Report of the Municipal Commissioner on the plague in Bombay for the year ending 31st May... - Volume 1
Disease focus: Plague
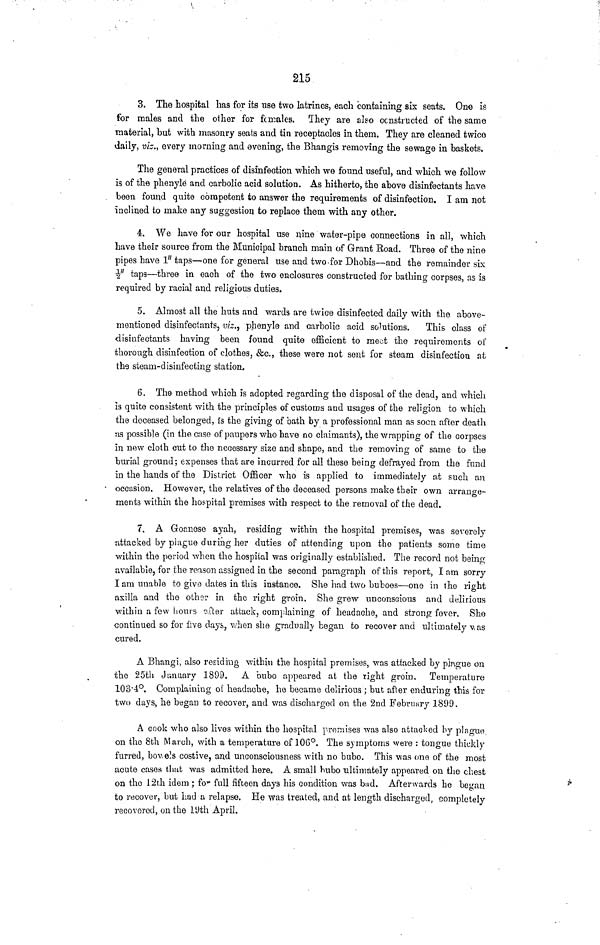
215
3. The hospital has for its use two latrincs, each containing six seats. One is
for males and the other for females. They are also constructed of the same
material, but with masonry seats and tin receptacles in them. They are cleaned twice
daily, viz., every morning and evening, the Bhangis removing the sewage in baskets.
The general practices of disinfection which we found useful, and which we follow
is of the phenyle and carbolic acid solution. As hitherto, the above disinfectants have
been found quite competent to answer the requirements of disinfection. I am not
inclined to make any suggestion to replace them with any other.
4. We have for our hospital use nine water-pipe connections in all, which
have their source from the Municipal branch main of Grant Road. Three of the nine
pipes have 1" taps—one for general use and two-for Dhobis—and the remainder six
1/2" taps—three in each of the two enclosures constructed for bathing corpses, as is
required by racial and religious duties.
5. Almost all the huts and wards are twice disinfected daily with the above-
mentioned disinfectants, viz., phenyle and carbolic acid solutions.
This class of
disinfectants having been found quite efficient to meet the requirements of
thorough disinfection of clothes, &c., these were not sent for steam disinfection at
the steam-disinfecting station.
6. The method which is adopted regarding the disposal of the dead, and which
is quite consistent with the principles of customs and usages of the religion to which
the deceased belonged, is the giving of bath by a professional man as soon after death
as possible (in the case of paupers who have no claimants), the wrapping of the corpses
in new cloth cut to the necessary size and shape, and the removing of same to the
burial ground; expenses that are incurred for all these being defrayed from the fund
in the hands of the District Officer who is applied to immediately at such an
occasion. However, the relatives of the deceased persons make their own arrange-
ments within the hospital premises with respect to the removal of the dead.
7. A Groanose ayah, residing within the hospital premises, was severely
attacked by plague during her duties of attending upon the patients some time
within the period when the hospital was originally established. The record not being
available, for the reason assigned in the second paragraph of this report, I am sorry
I am unable to give dates in tins instance. She had two buboes—one in the right
axilla and the other in the right groin. She grew unconscious and delirious
within a few hours after attack, complaining of headache, and strong fever. She
continued so for five days, when she gradually began to recover and ultimately was
cured.
A Bhangi, also residing within the hospital premises, was attacked by plague on
the 25th January 1899. A bubo appeared at the right groin. Temperature
103·4°. Complaining of headache, he became delirious; but after enduring this for
two days, he began to recover, and was discharged on the 2nd February 1899.
A cook who also lives within the hospital premises was also attacked by plague
on the 8th March, with a temperature of 106°. The symptoms were: tongue thickly
furred, bowels costive, and unconsciousness with no bubo. This was one of the most
acute cases that was admitted here. A small bubo ultimately appeared on the chest
on the 12th idem; for full fifteen days his condition was bad. Afterwards he began
to recover, but had a relapse. He was treated, and at length discharged, completely
recovered, on the 19th April.